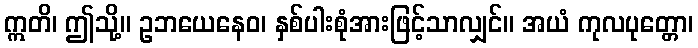
ဣတိ၊ ဤသို့။ ဥဘယေနေဝ၊ နှစ်ပါးစုံအားဖြင့်သာလျှင်။ အယံ ကုလပုတ္တော၊